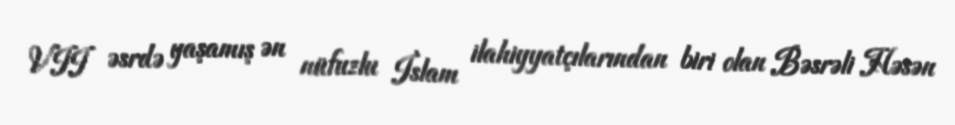
VII əsrdə yaşamış ən nüfuzlu İslam ilahiyyatçılarından biri olan Bəsrəli Həsən